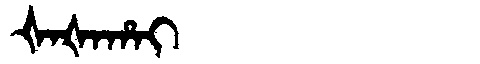
Manchu: ᡧᠠᡧᠠᡥᠠᡳ
Romanization: ŠAŠAHAI